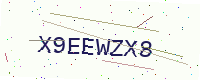
Text: X9EEWZX8